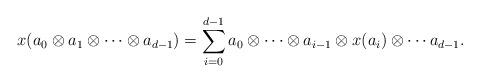
LaTeX: \begin{align*}x(a_0\otimes a_1\otimes\cdots \otimes a_{d-1}) = \sum_{i=0}^{d-1}a_0\otimes \cdots\otimes a_{i-1}\otimes x(a_i)\otimes\cdots a_{d-1}.\end{align*}